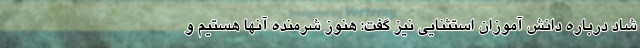
شاد درباره دانش آموزان استثنایی نیز گفت: هنوز شرمنده آنها هستیم و